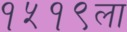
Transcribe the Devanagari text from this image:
१५१९ला